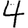
Digit: 4